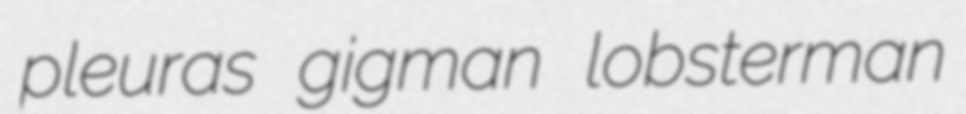
pleuras gigman lobsterman